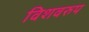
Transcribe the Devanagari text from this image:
विशवरुप